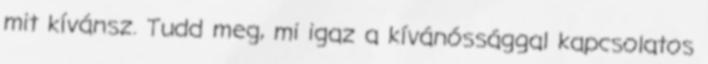
mit kívánsz. Tudd meg, mi igaz a kívánóssággal kapcsolatos